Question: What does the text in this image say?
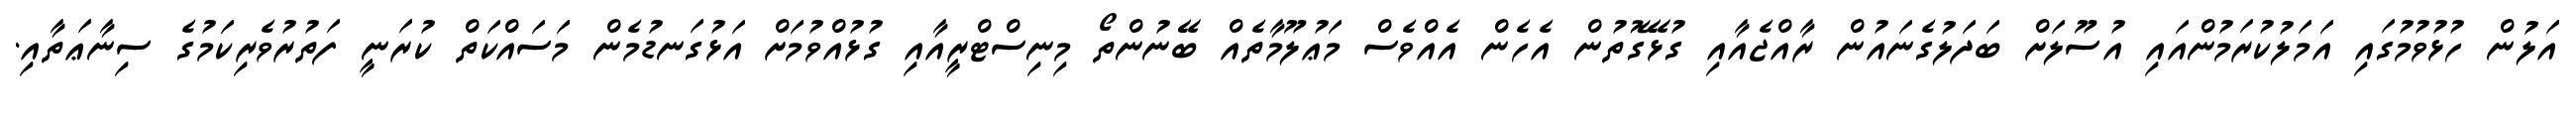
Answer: އަލުން ހުޅުވުމުގައި އަމަލުކުރަމުންއައި އުސޫލަށް ބަދަލުގެނައުން ރާއްޖެއާއި ގުޅޭގޮތުން އެހެން އެއްވެސް މަޢުލޫމާތެއް ބޭނުންތޯ މިނިސްޓްރީއާއި ގުޅުއްވުމަށް އަޅުގަނޑުމެން މަސައްކަތް ކުރަނީ ފަތުރުވެރިކަމުގެ ސިނާޢަތާއި.